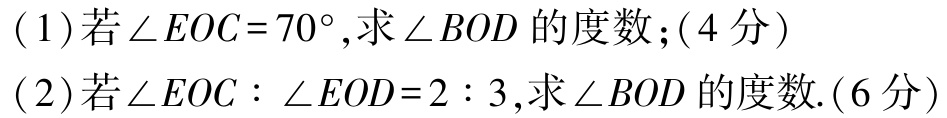
(1)若\(\angle EOC = 70^{\circ}\),求\(\angle BOD\)的度数;(4 分)

(2)若\(\angle EOC:\angle EOD = 2:3\),求\(\angle BOD\)的度数.(6分)